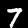
Digit: 7